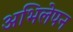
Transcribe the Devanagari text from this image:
अभिलेपन